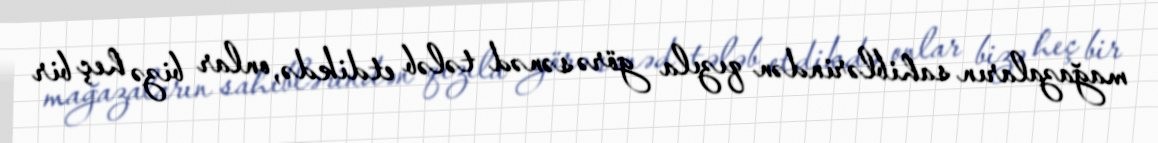
mağazaların sahiblərindən qızıla görə sənəd tələb etdikdə, onlar bizə heç bir